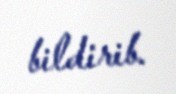
bildirib.